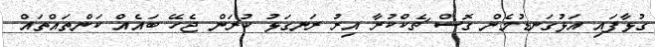
ގުޅާފައި އަޅުގަނޑުމެން ގޮސް ޗެކްކުރާ އިރު ރަނގަޅު ކުރަން ޖެހޭ ބައެއް ކަންތައްތައް